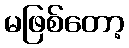
မဖြစ်တော့